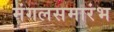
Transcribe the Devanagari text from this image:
मंगलसमारंभ